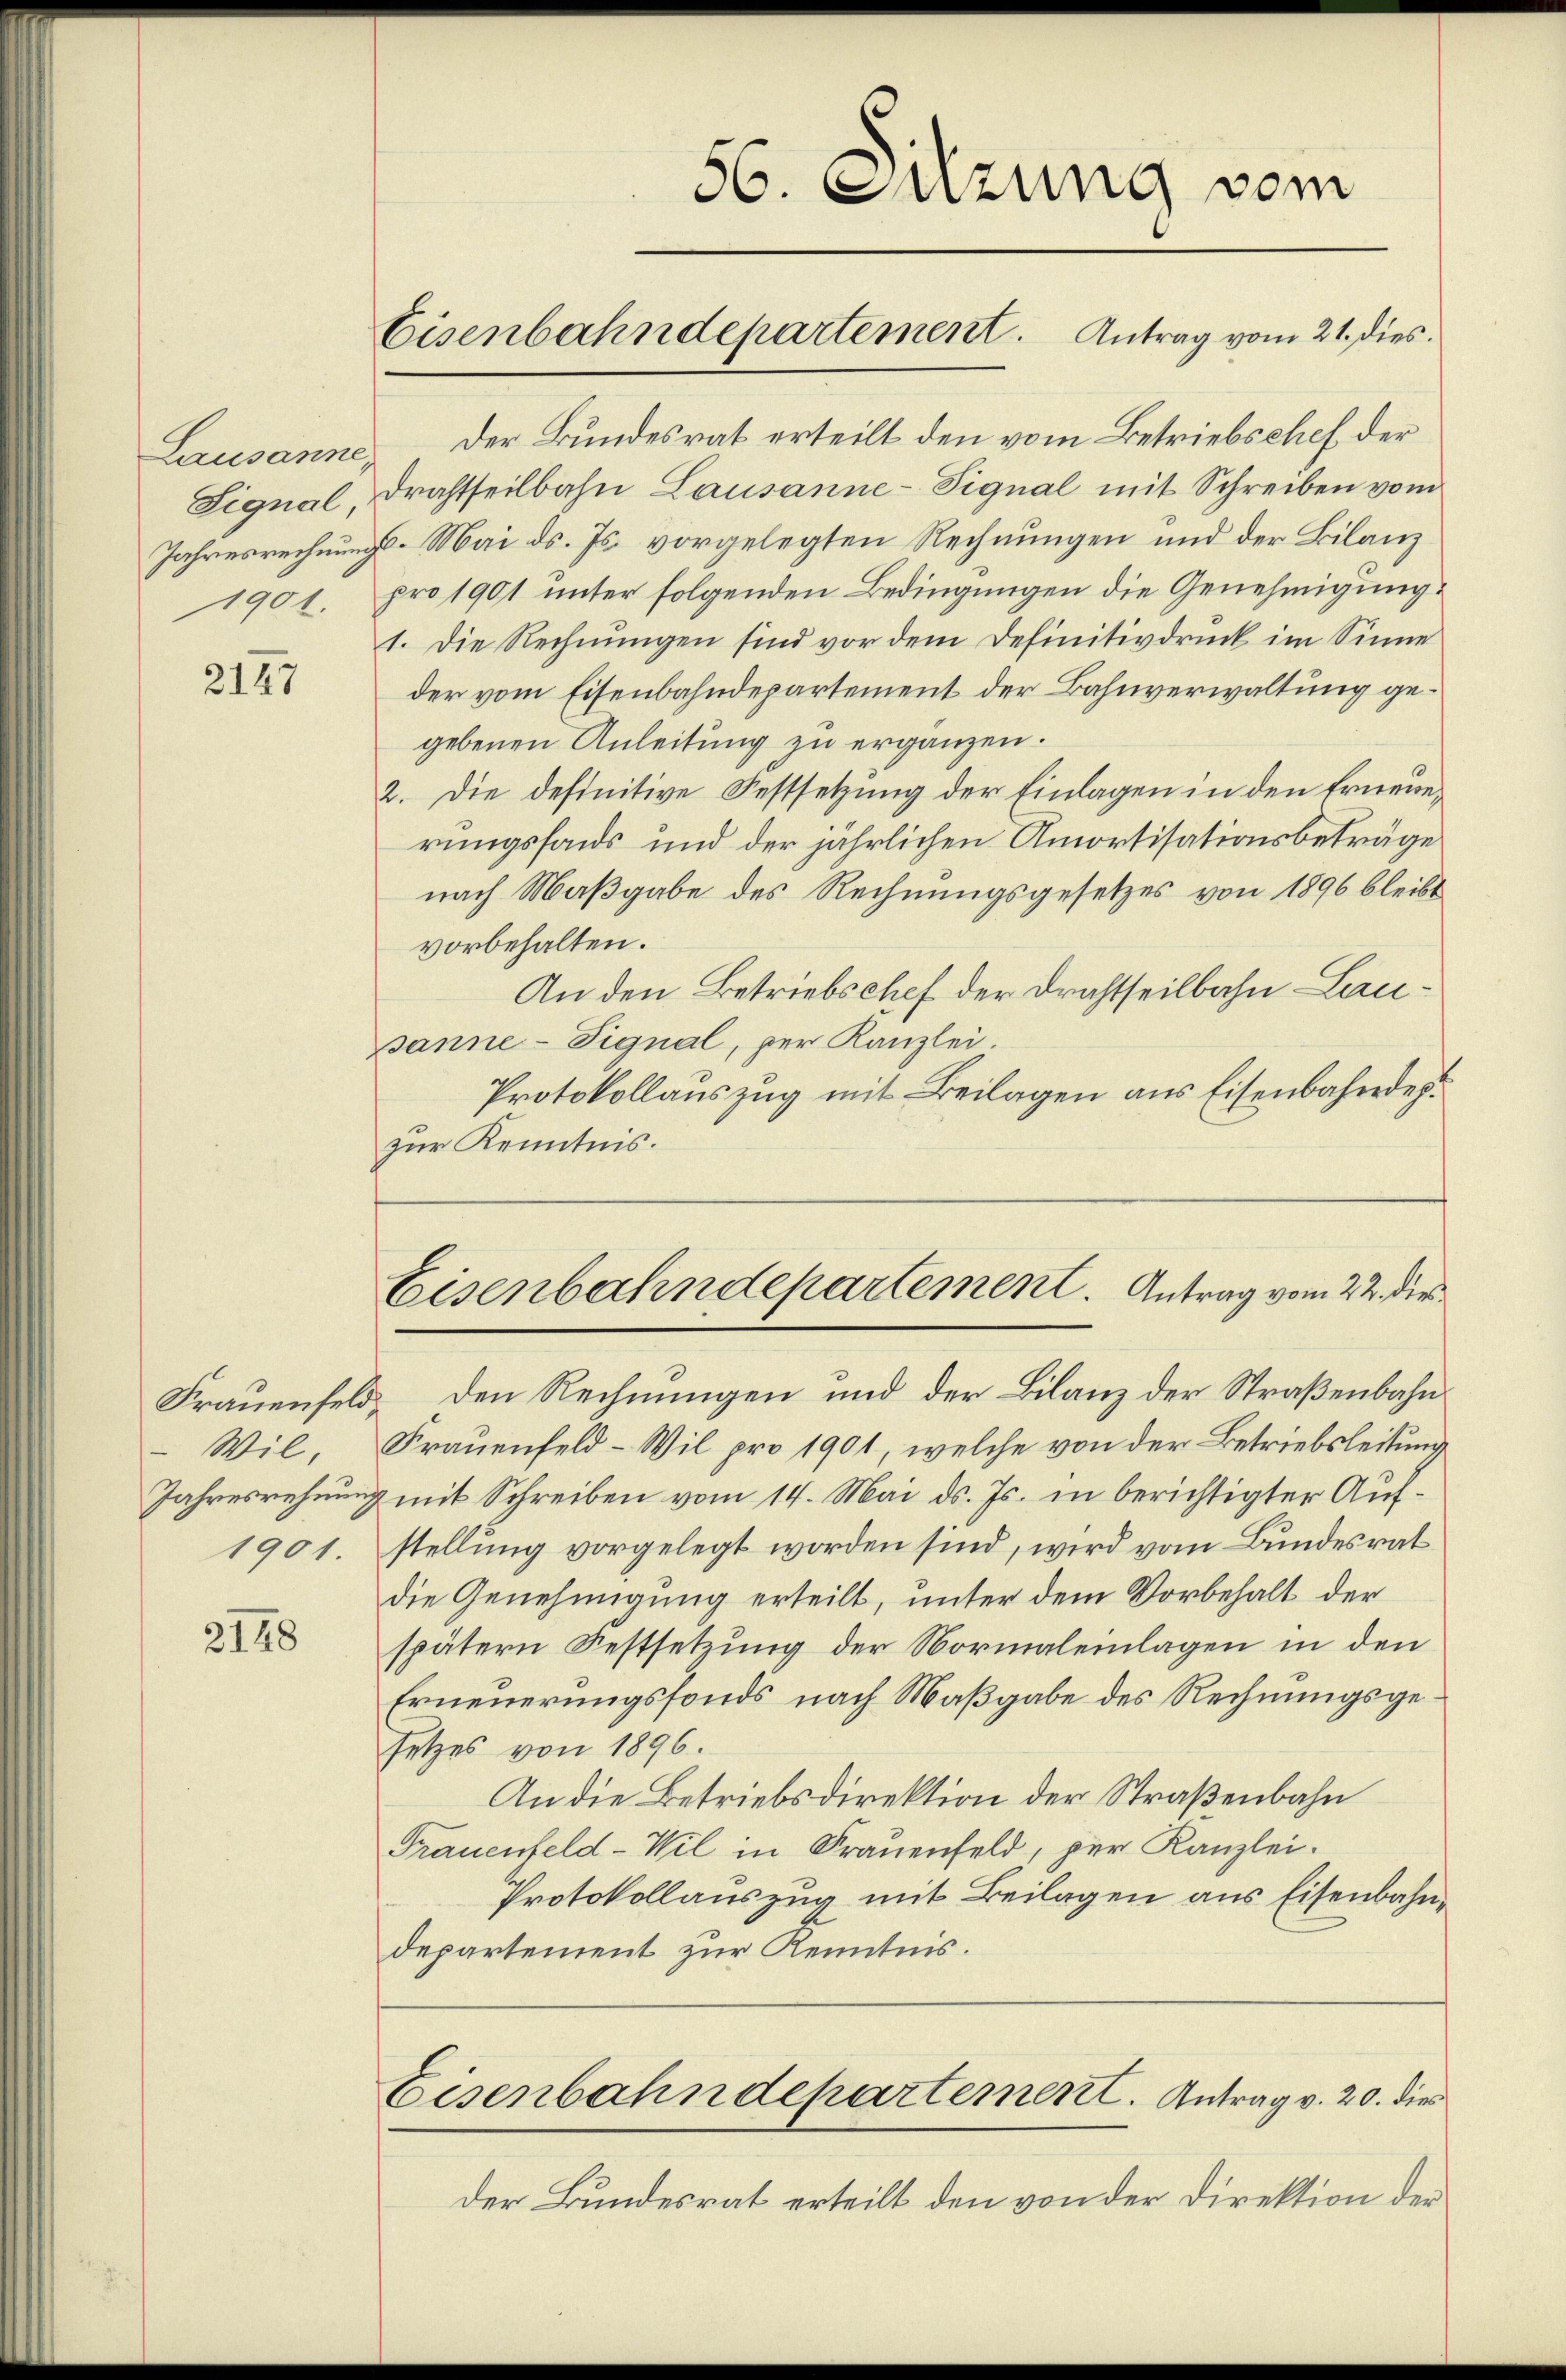
1901.

2147

1901.

2148

Lausanne. Der Bundesrat erteilt den vom Betriebschef der
Fignal, Drahtheilbahn Lausanne-Fignal mit Schreiben vom
Jahresrechnungs- Mai d. Js. vorgelegten Rechnungen und der Bilanz
pro 1901 unter folgenden Bedingungen die Genehmigung:
1. Die Rechnungen sind vor dem Definitivdruck im Sinne
der vom Eisenbahndepartement der Bahnverwaltung gegebenen Anleitung zu ergänzen.
2. Die definitive Festsetzung der Einlagen in den Erneuerungsfonds und der jährlichen Amortisationsbeträge
nach Maßgabe des Rechnungsgesetzes von 1896 bleibt
vorbehalten.
An den Betriebschef der Drahtseilbahn-Lausanne-Fignal, per Kanzlei.
Protokollauszug mit Beilagen aus Eisenbahndep
zur Kenntnis.

56. Sitzung vom
Eisenbahndepartement. Antrag vom 21. dies

Eisenbahndepartement. Antrag vom 22. die
Frauenfeld, den Rechnungen und der Bilanz der Straßenbahn¬

Wil, Frauenfeld-Wil pro 1901, welche von der Betriebsleitung
Jahresrechnung mit Schreiben vom 14. Mai d. Js. in berichtigter Aufstellung vorgelegt worden sind, wird vom Bundesrat
die Genehmigung erteilt, unter dem Vorbehalt der
spätern Festsetzung der Normaleinlagen in den
Erneuerungsfonds nach Maßgabe des Rechnungsgesetzes von 1896.
An die Betriebsdirektion der Straßenbahn
Frauenfeld-Wil in Frauenfeld, per Kanzlei.
Protokollauszug mit Beilagen aus Eisenbahndepartement zur Kenntnis.

Eisenbahndepartement. Antrag v. 20. dies

Der Bundesrat erteilt den von der Direktion der